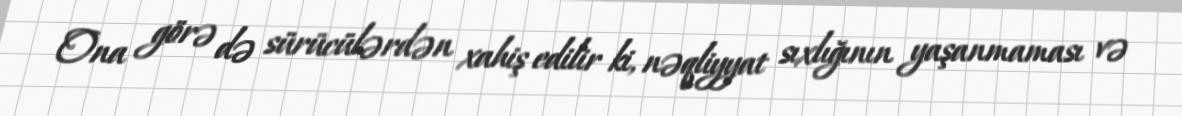
Ona görə də sürücülərdən xahiş edilir ki, nəqliyyat sıxlığının yaşanmaması və